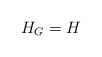
LaTeX: \begin{align*}H_G=H\end{align*}